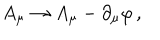
A _ { \mu } \to A _ { \mu } - \partial _ { \mu } \varphi \, ,